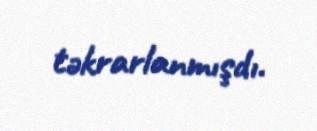
təkrarlanmışdı.